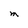
Character: M